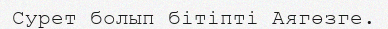
Сурет болып бітіпті Аягөзге.